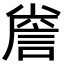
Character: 𮘐